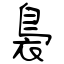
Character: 裊